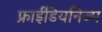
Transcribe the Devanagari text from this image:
फ्राईडियनिज्म